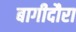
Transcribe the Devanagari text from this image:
बागीदौरा